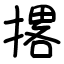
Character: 撂